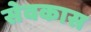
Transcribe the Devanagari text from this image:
सेवकास